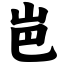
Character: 岜